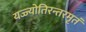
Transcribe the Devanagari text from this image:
यज्ज्योतिरन्तरमृतं